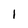
Character: l